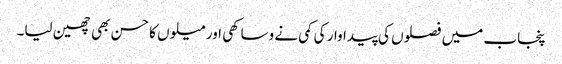
پنجاب میں فصلوں کی پیداوار کی کمی نے وساکھی اور میلوں کا حسن بھی چھین لیا۔